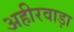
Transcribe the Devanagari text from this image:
अहीरवाड़ा